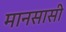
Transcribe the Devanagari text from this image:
मानसासी